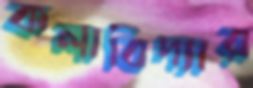
কলাবিদ্যার